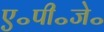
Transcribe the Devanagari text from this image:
ए॰पी॰जे॰